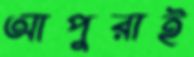
আপুরাই